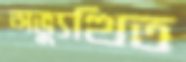
অভ্যুত্থিত